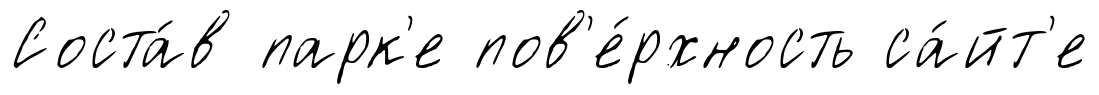
Соста́в парк'е пов'е́рхность са́йт'е